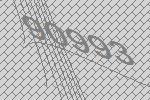
90993